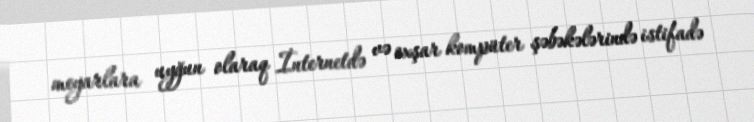
meyarlara uyğun olaraq İnternetdə və oxşar kompüter şəbəkələrində istifadə